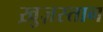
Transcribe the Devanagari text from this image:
ख़ुज़स्तान